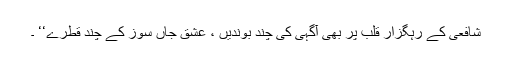
شافعیؒ کے رہگزار قلب پر بھی آگہی کی چند بوندیں ، عشق جاں سوز کے چند قطرے‘‘ ۔